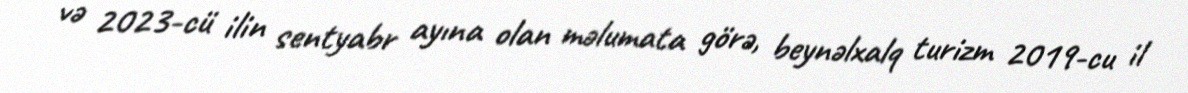
və 2023-cü ilin sentyabr ayına olan məlumata görə, beynəlxalq turizm 2019-cu il